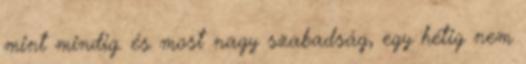
mint mindig. és most nagy szabadság, egy hétig nem